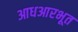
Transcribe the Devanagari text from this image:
आधआरभूत